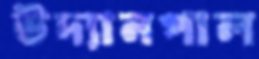
উদ্যানপাল